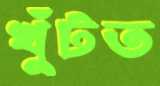
খুঁটত